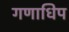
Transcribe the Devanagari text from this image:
गणाधिप